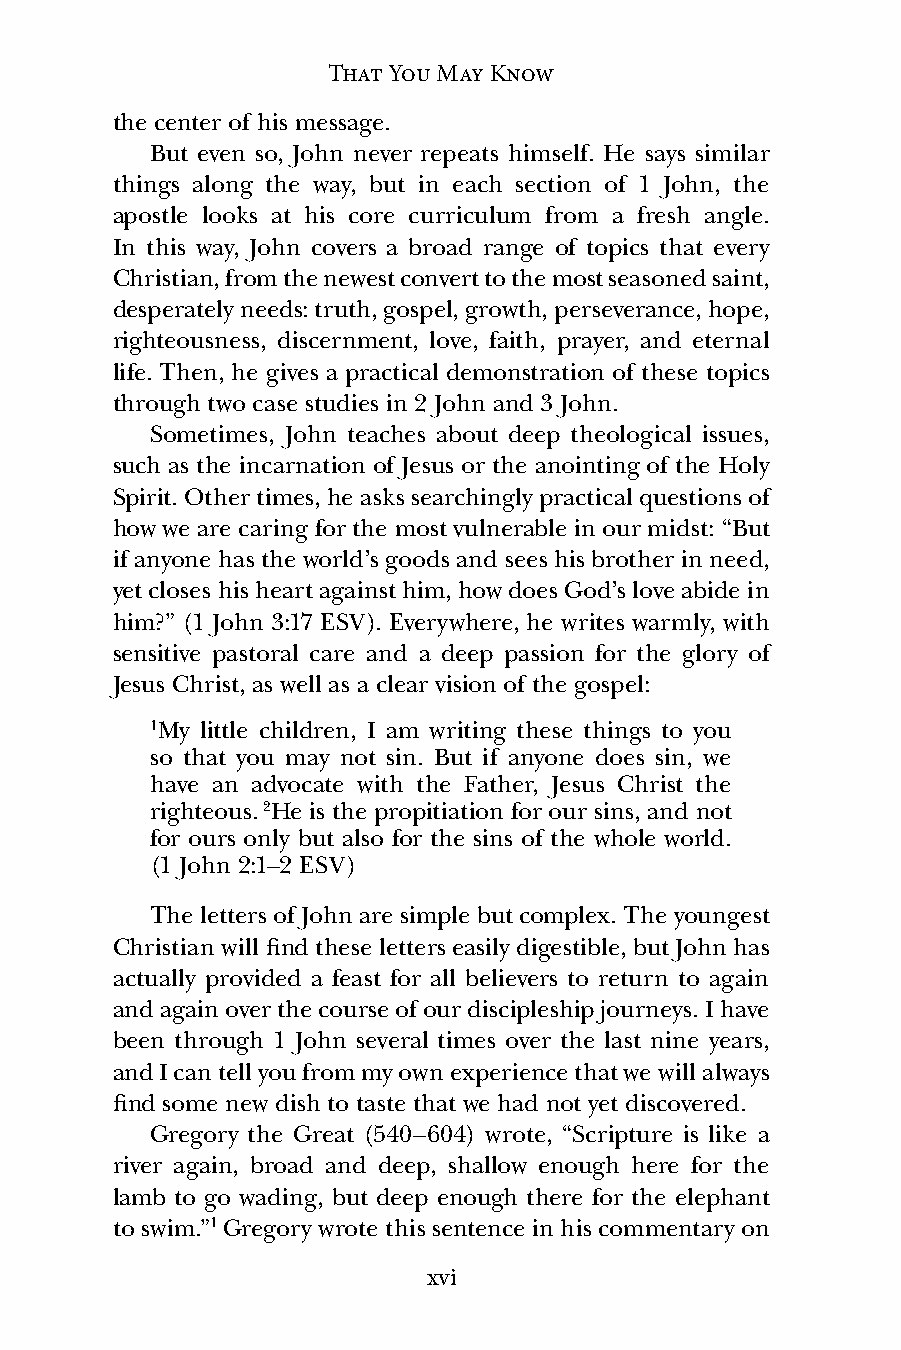
That You May Know
 the center of his message.
 But even so, John never repeats himself. He says similar
 things along the way, but in each section of 1 John, the
 apostle looks at his core curriculum from a fresh angle.
 In this way, John covers a broad range of topics that every
 Christian, from the newest convert to the most seasoned saint,
 desperately needs: truth, gospel, growth, perseverance, hope,
 righteousness, discernment, love, faith, prayer, and eternal
 life. Then, he gives a practical demonstration of these topics
 through two case studies in 2 John and 3 John.
 Sometimes, John teaches about deep theological issues,
 such as the incarnation of Jesus or the anointing of the Holy
 Spirit. Other times, he asks searchingly practical questions of
 how we are caring for the most vulnerable in our midst: “But
 if anyone has the world’s goods and sees his brother in need,
 yet closes his heart against him, how does God’s love abide in
 him?” (1 John 3:17 ESV). Everywhere, he writes warmly, with
 sensitive pastoral care and a deep passion for the glory of
 Jesus Christ, as well as a clear vision of the gospel:
 1My little children, I am writing these things to you
 so that you may not sin. But if anyone does sin, we
 have an advocate with the Father, Jesus Christ the
 righteous. 2He is the propitiation for our sins, and not
 for ours only but also for the sins of the whole world.
 (1 John 2:1–2 ESV)
 The letters of John are simple but complex. The youngest
 Christian will find these letters easily digestible, but John has
 actually provided a feast for all believers to return to again
 and again over the course of our discipleship journeys. I have
 been through 1 John several times over the last nine years,
 and I can tell you from my own experience that we will always
 find some new dish to taste that we had not yet discovered.
 Gregory the Great (540–604) wrote, “Scripture is like a
 river again, broad and deep, shallow enough here for the
 lamb to go wading, but deep enough there for the elephant
 to swim.”1 Gregory wrote this sentence in his commentary on
 xvi